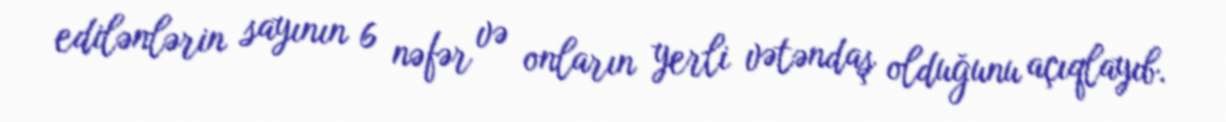
edilənlərin sayının 6 nəfər və onların yerli vətəndaş olduğunu açıqlayıb.